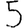
Digit: 5